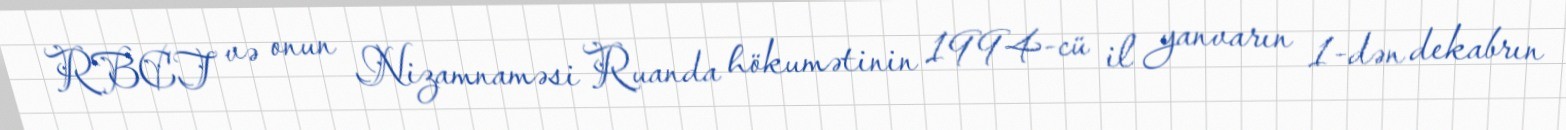
RBCT və onun Nizamnaməsi Ruanda hökumətinin 1994-cü il yanvarın 1-dən dekabrın